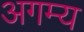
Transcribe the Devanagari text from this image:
अगम्‍य